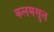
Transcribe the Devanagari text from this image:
कलमसुत्त